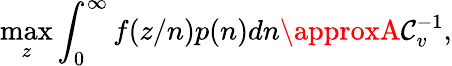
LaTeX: \operatorname*{max}_{z}\int_{0}^{\infty}f(z/n)p(n)dn\approxA\mathcal{C}_{v}^{-1},